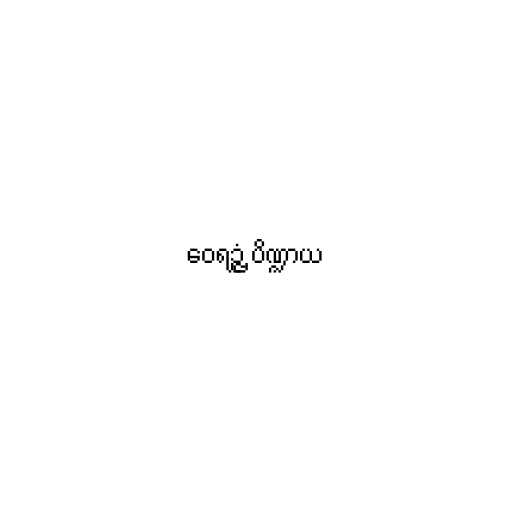
ဝေရဉ္ဇံ ပိဏ္ဍာယ